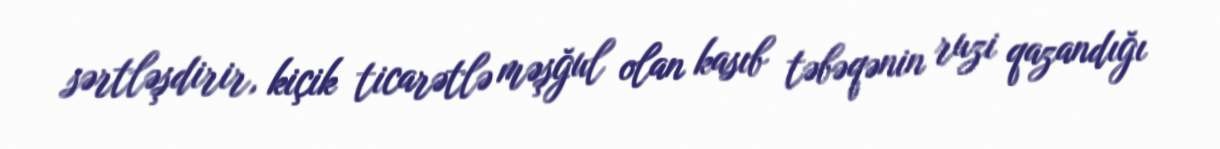
sərtləşdirir, kiçik ticarətlə məşğul olan kasıb təbəqənin ruzi qazandığı